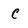
Character: c